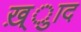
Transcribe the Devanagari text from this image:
ख़्ुाद